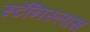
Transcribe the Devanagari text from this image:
स्टॅनिस्लास